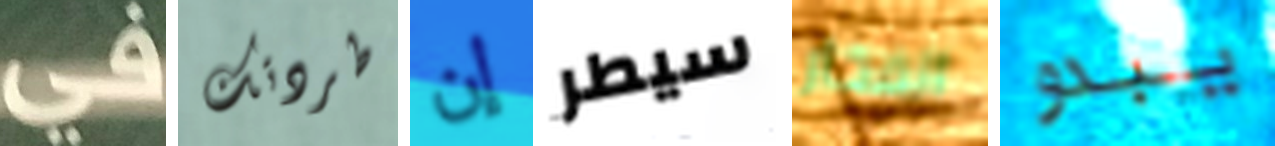
في طردتك إن سيطر الفخار يبدو